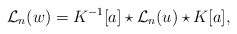
\begin{align*}{{\mathcal L}_{n}}(w)=K^{-1}[a]\star{{\mathcal L}_{n}}(u)\star K[a],\end{align*}